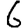
Digit: 6